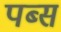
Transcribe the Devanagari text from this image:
पब्स